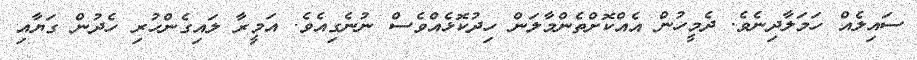
ސައިލެއް ހަމަލާދިނެވެ. ދެމީހުން އެއްކޮށްތެންމާލަން ހިދުކޮޅެއްވެސް ނުނެގިއެވެ. އަމީރާ ލައިގެންހުރި ހެދުން ގަޔާއި